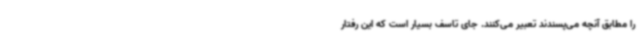
را مطابق آنچه می‌پسندند تعبیر می‌کنند. جای تاسف بسیار است که این رفتار